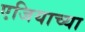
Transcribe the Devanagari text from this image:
एजियाच्या